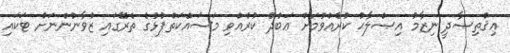
އިޤްތިޞާދީ ނިޒާމު އިޞްލާޙު ކުރެއްވުމަށް ޢަބްދު ކުރެއްވި މަސައްކަތްޕުޅުގެ ތެރޭގައި ޒުވާނުންނަށް ޓަކައި